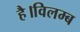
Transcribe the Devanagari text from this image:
है।विलम्ब